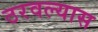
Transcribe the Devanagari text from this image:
ठरवल्यास